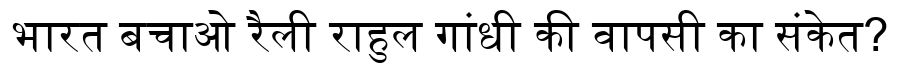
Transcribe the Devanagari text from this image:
भारत बचाओ रैली राहुल गांधी की वापसी का संकेत?